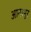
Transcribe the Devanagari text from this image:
आनापुर